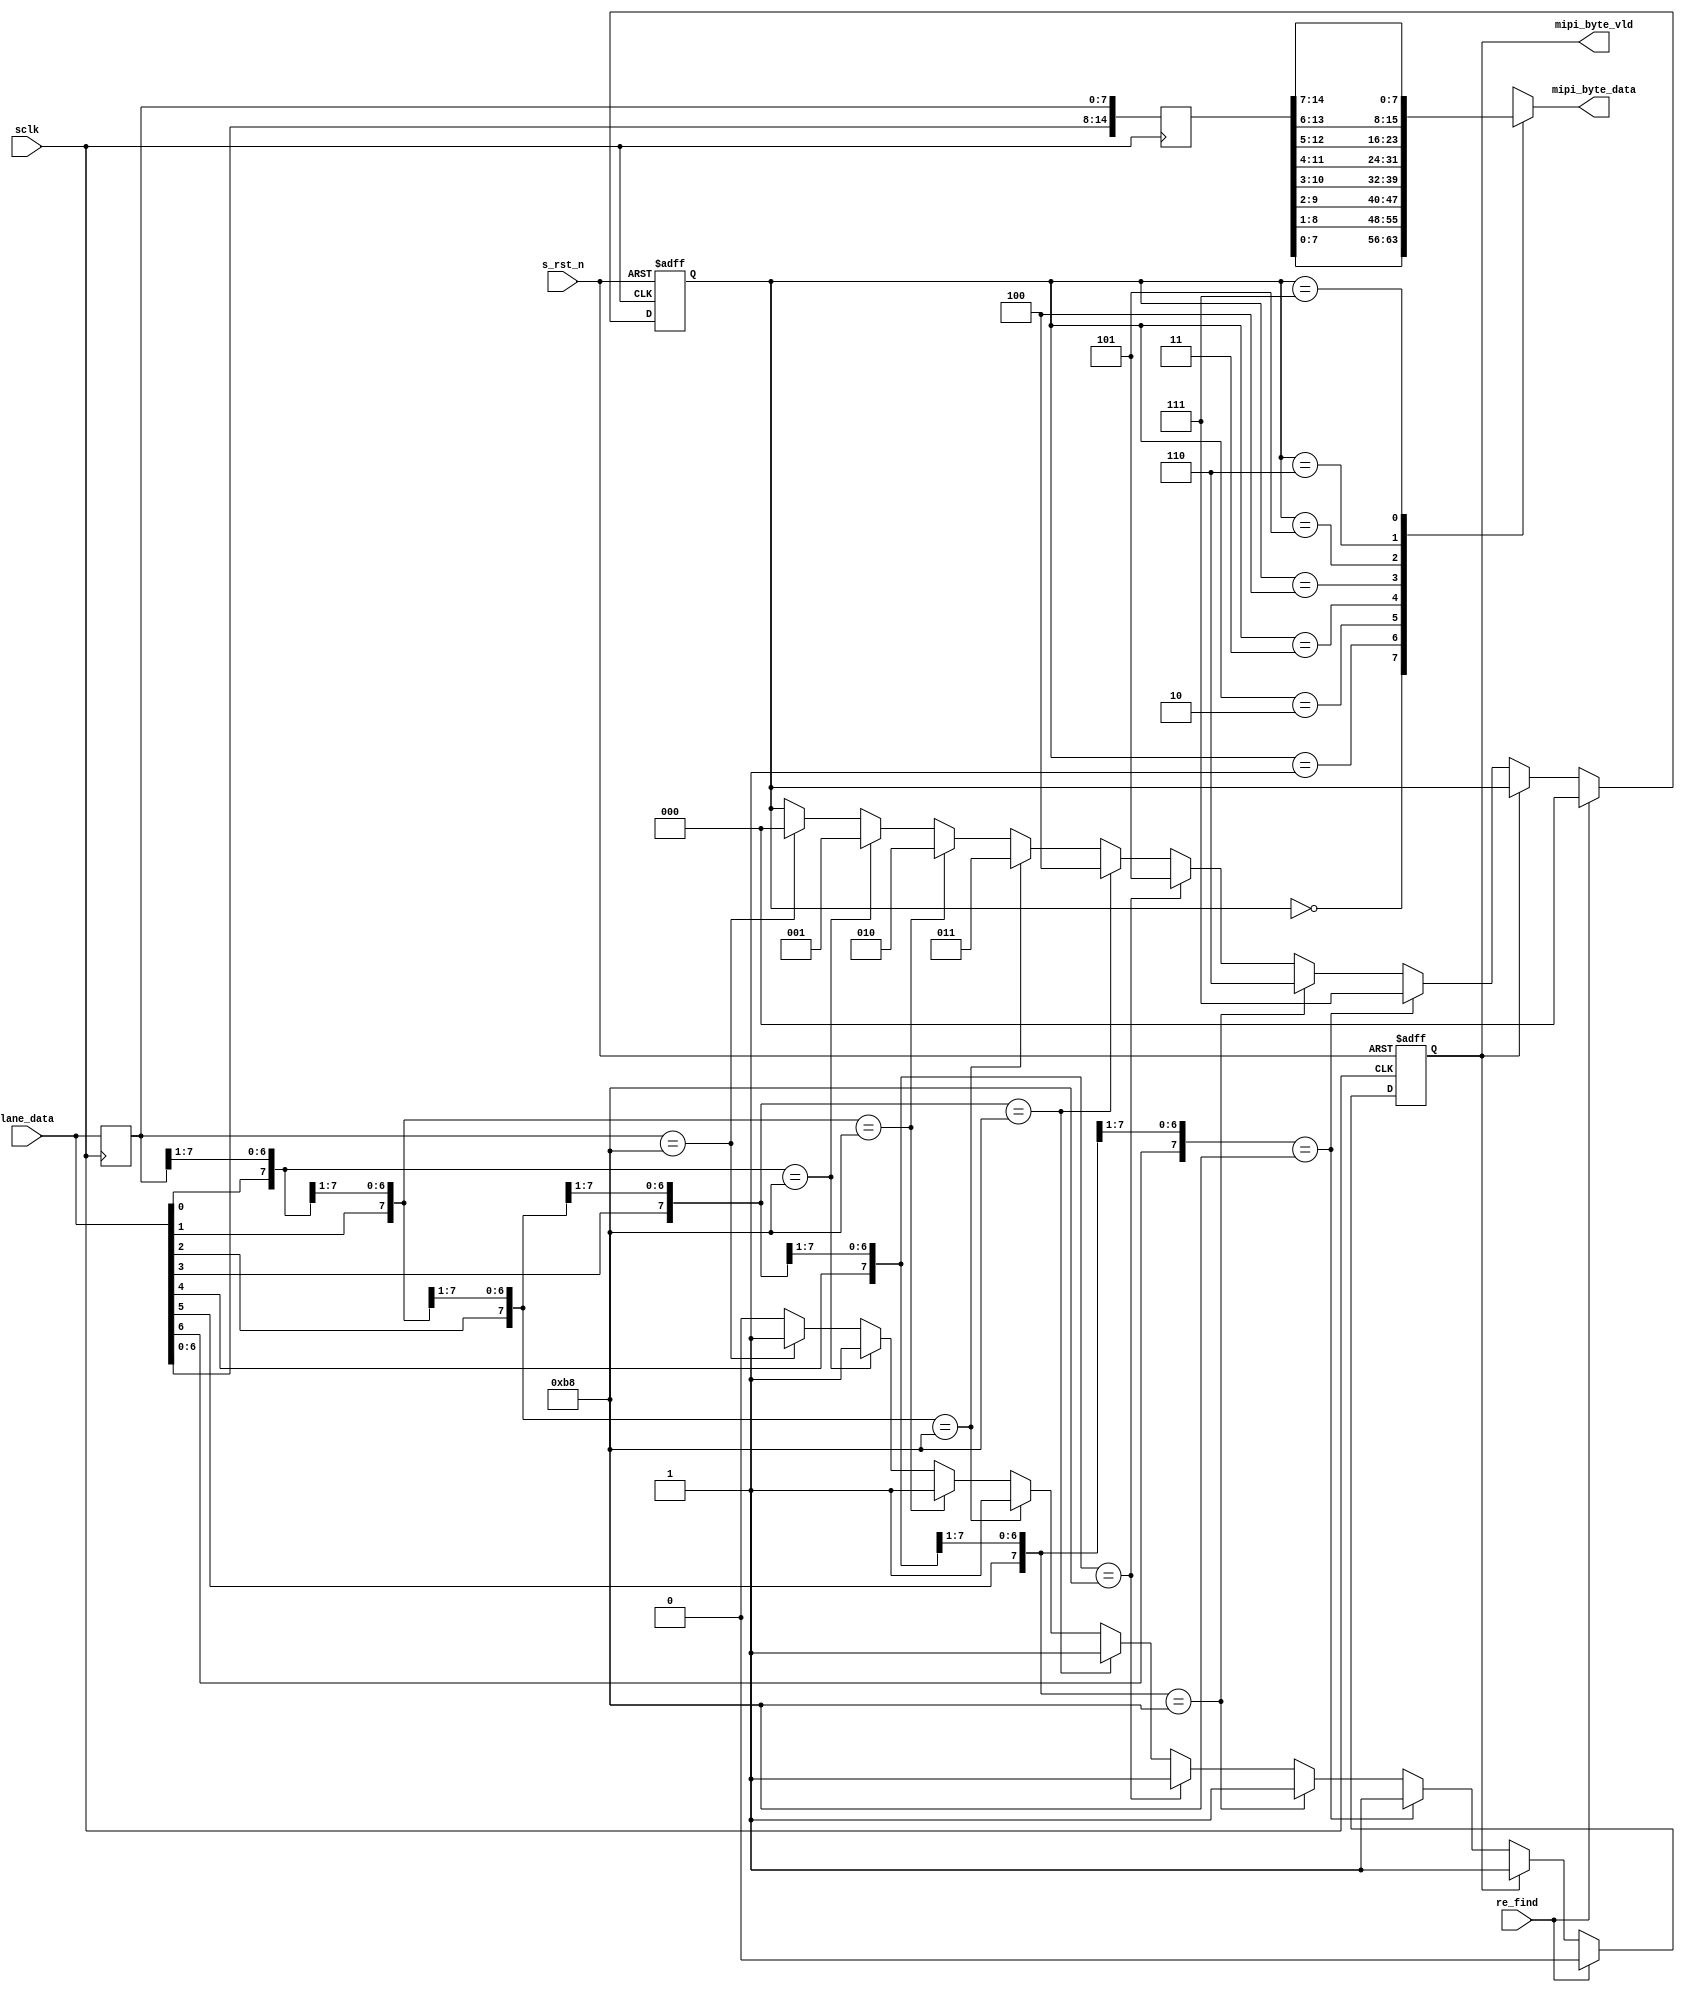
module  byte_align(
        // system signals
        input                   sclk                    ,       
        input                   s_rst_n                 ,       
        // 
        input           [ 7:0]  lane_data               ,       
        output  reg     [ 7:0]  mipi_byte_data          ,       
        output  reg             mipi_byte_vld           ,       
        input                   re_find                        // from packet_handler
);

//========================================================================\
// =========== Define Parameter and Internal signals =========== 
//========================================================================/
localparam      SYNC            =       8'hB8                   ;

reg     [ 2:0]                  offset                          ;       

reg     [ 7:0]                  lane_data_r1                    ;       
wire    [15:0]                  data_16bit                      ;
reg     [15:0]                  data_16bit_r1                   ;

//=============================================================================
//**************    Main Code   **************
//=============================================================================
always  @(posedge sclk) begin
        lane_data_r1    <=      lane_data;
        data_16bit_r1   <=      data_16bit;
end

assign  data_16bit      =       {lane_data, lane_data_r1};

always  @(posedge sclk or negedge s_rst_n) begin
        if(s_rst_n == 1'b0) begin
                offset          <=      'd0;
                mipi_byte_vld   <=      1'b0;
        end
        else if(re_find == 1'b1) begin
                offset          <=      'd0;
                mipi_byte_vld   <=      1'b0;
        end
        else if(mipi_byte_vld == 1'b0) begin
                if(data_16bit[7:0] == SYNC) begin
                        offset          <=      'd0;
                        mipi_byte_vld   <=      1'b1;
                end
                if(data_16bit[8:1] == SYNC) begin
                        offset          <=      'd1;
                        mipi_byte_vld   <=      1'b1;
                end
                if(data_16bit[9:2] == SYNC) begin
                        offset          <=      'd2;
                        mipi_byte_vld   <=      1'b1;
                end
                if(data_16bit[10:3] == SYNC) begin
                        offset          <=      'd3;
                        mipi_byte_vld   <=      1'b1;
                end
                if(data_16bit[11:4] == SYNC) begin
                        offset          <=      'd4;
                        mipi_byte_vld   <=      1'b1;
                end
                if(data_16bit[12:5] == SYNC) begin
                        offset          <=      'd5;
                        mipi_byte_vld   <=      1'b1;
                end
                if(data_16bit[13:6] == SYNC) begin
                        offset          <=      'd6;
                        mipi_byte_vld   <=      1'b1;
                end
                if(data_16bit[14:7] == SYNC) begin
                        offset          <=      'd7;
                        mipi_byte_vld   <=      1'b1;
                end
        end
end

//assign  mipi_byte_data  =       data_16bit_r1[offset+7:offset];

always  @(*) begin
        case(offset)
                0:      mipi_byte_data  =       data_16bit_r1[7:0];   
                1:      mipi_byte_data  =       data_16bit_r1[8:1];   
                2:      mipi_byte_data  =       data_16bit_r1[9:2];   
                3:      mipi_byte_data  =       data_16bit_r1[10:3];   
                4:      mipi_byte_data  =       data_16bit_r1[11:4];   
                5:      mipi_byte_data  =       data_16bit_r1[12:5];   
                6:      mipi_byte_data  =       data_16bit_r1[13:6];   
                7:      mipi_byte_data  =       data_16bit_r1[14:7];   
                default:mipi_byte_data  =       data_16bit_r1[7:0]; 
        endcase
end


endmodule